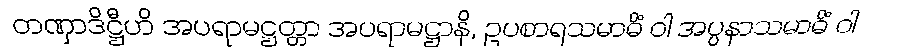
တဏှာဒိဋ္ဌီဟိ အပရာမဋ္ဌတ္တာ အပရာမဋ္ဌာနိ, ဥပစာရသမာဓိံ ဝါ အပ္ပနာသမာဓိံ ဝါ